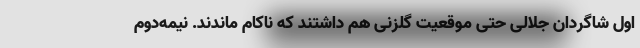
اول شاگردان جلالی حتی موقعیت گلزنی هم داشتند که ناکام ماندند. نیمه‌دوم